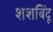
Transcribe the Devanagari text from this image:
शशबिंदू